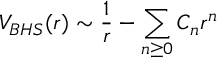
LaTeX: V _ { B H S } ( r ) \sim { \frac { 1 } { r } } - { \sum _ { n \ge 0 } C _ { n } r ^ { n } } \qquad